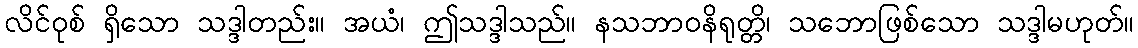
လိင်ဝုစ် ရှိသော သဒ္ဒါတည်း။ အယံ၊ ဤသဒ္ဒါသည်။ နသဘာဝနိရုတ္တိ၊ သဘောဖြစ်သော သဒ္ဒါမဟုတ်။